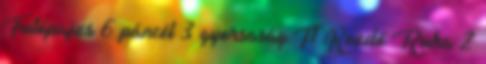
Futópajzs 6 páncél 3 gyorsaság T1 Kezdő Ruha 2